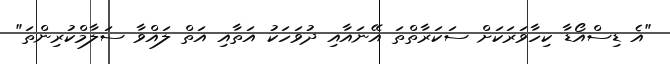
"އެ ޑިސްއޯޑާ ކިހާވަރަކަށް ސަކަރާތްތަ އޭނައާއި ދުވަހަކު އަތާއި އަތް ލައްވާ ސަލާމްކުރިންތަ"